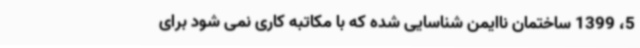
5، 1399 ساختمان ناایمن شناسایی شده که با مکاتبه کاری نمی شود برای